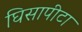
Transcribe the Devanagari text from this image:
घिसापीटा